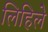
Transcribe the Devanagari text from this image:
लिहिलेे